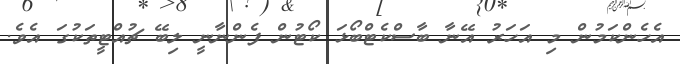
އެހެންކަމުން މި އަހަރު އޭނާ ބާސްކެޓްބޯޅަ ކޯޓުން ފެންނާނީ ލިބޭ ޗުއްޓީތަކުގަ އެވެ.